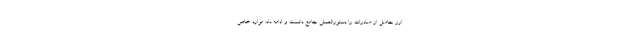
ارز حاصل از صادرات را دستورالعملی جامع دانست و ادامه داد: موارد خاص